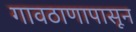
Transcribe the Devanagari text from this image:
गावठाणापासून